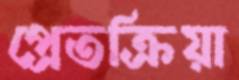
প্রেতক্রিয়া